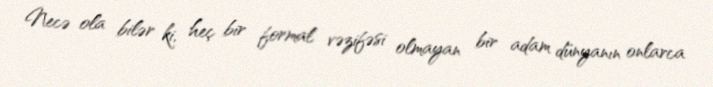
Necə ola bilər ki, heç bir formal vəzifəsi olmayan bir adam dünyanın onlarca